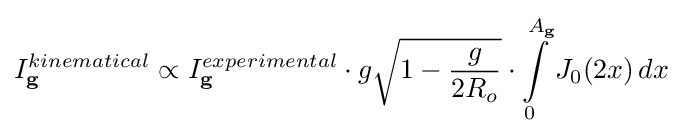
I_{\mathbf {g} }^{kinematical}\propto I_{\mathbf {g} }^{experimental}\cdot g{\sqrt {1-{\frac {g}{2R_{o}}}}}\cdot \int \limits _{0}^{A_{\mathbf {g} }}J_{0}(2x)\,dx